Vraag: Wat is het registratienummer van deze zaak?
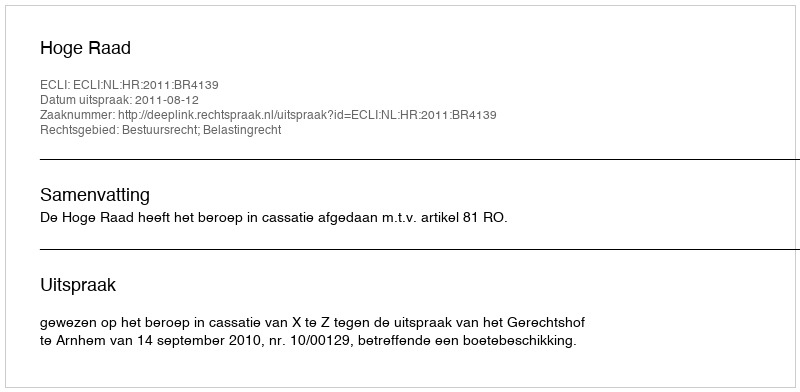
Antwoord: http://deeplink.rechtspraak.nl/uitspraak?id=ECLI:NL:HR:2011:BR4139